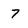
Character: 7